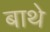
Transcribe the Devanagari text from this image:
बाथे